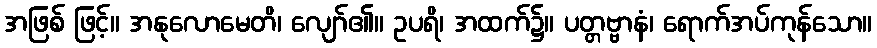
အဖြစ် ဖြင့်။ အနုလောမေတိ၊ လျော်၏။ ဥပရိ၊ အထက်၌။ ပတ္တဗ္ဗာနံ၊ ရောက်အပ်ကုန်သော။